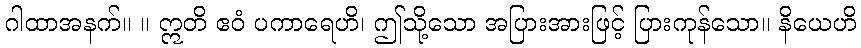
ဂါထာအနက်။ ။ ဣတိ ဧဝံ ပကာရေဟိ၊ ဤသို့သော အပြားအားဖြင့် ပြားကုန်သော။ နိယေဟိ